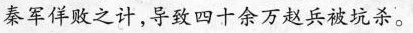
秦军佯败之计，导致四十余万赵兵被坑杀。